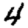
Digit: 4